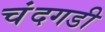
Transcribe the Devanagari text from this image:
चंंदगडी